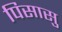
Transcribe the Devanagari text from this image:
पिसासु